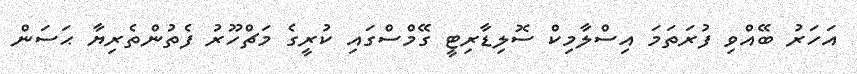
އަހަރު ބޭއްވި ފުރަތަމަ އިސްލާމިކް ސޮލިޑާރިޓީ ގޭމްސްގައި ކުރީގެ މަޗްހޫރު ފެތުންތެރިޔާ ޙަސަން